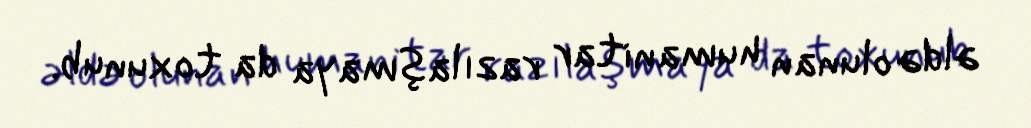
əldə olunan humanitar razılaşmaya da toxunub.